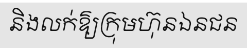
និងលក់ឱ្យក្រុមហ៊ុនឯនជន